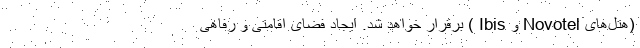
(هتل‌های Novotel و Ibis ) برقرار خواهد شد. ایجاد فضای اقامتی و رفاهی